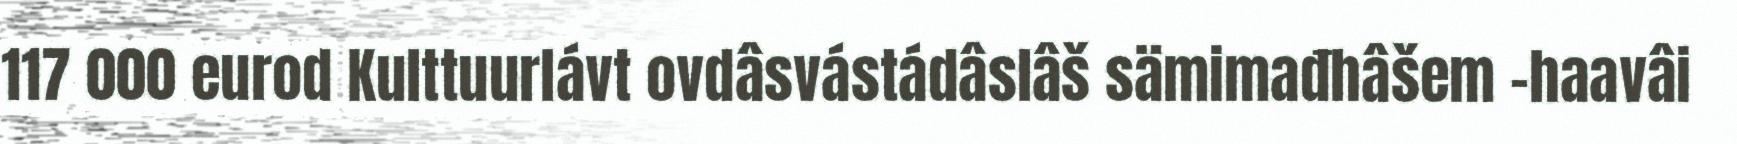
117 000 eurod Kulttuurlávt ovdâsvástádâslâš sämimađhâšem -haavâi